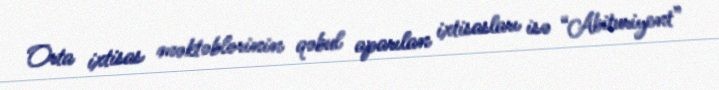
Orta ixtisas məktəblərinin qəbul aparılan ixtisasları isə “Abituriyent”